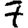
Digit: 7